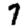
Digit: 7